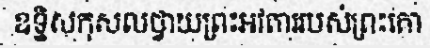
ឧទ្ទិសកុសលថ្វាយព្រះអវតាររបស់ព្រះគោ